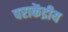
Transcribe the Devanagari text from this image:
पराकेंद्रीय